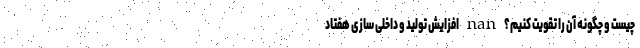
چیست و چگونه آن را تقویت کنیم؟ nan افزایش تولید و داخلی سازی هفتاد